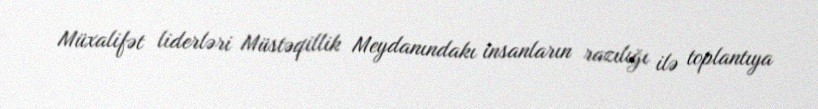
Müxalifət liderləri Müstəqillik Meydanındakı insanların razılığı ilə toplantıya